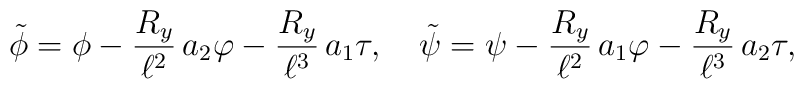
\tilde{\phi} = \phi - {R_y \over \ell^2} \, a_2 \varphi - {R_y \over \ell^3} \, a_1 \tau, \quad \tilde{\psi} = \psi - {R_y \over \ell^2} \, a_1 \varphi - {R_y \over \ell^3} \, a_2 \tau,